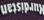
Kurdistan